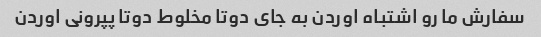
سفارش ما رو اشتباه اوردن به جای دوتا مخلوط دوتا پپرونی اوردن